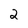
Character: 2